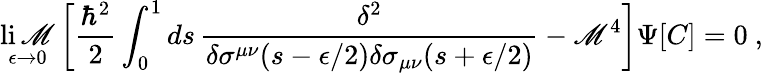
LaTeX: \operatorname*{li\mathscr{M}}_{\epsilon\rightarrow0}\left[{\frac{{\hbar^{2}}}{{2}}}\int_{0}^{1}ds\, {\frac{{\delta^{2}}}{{\delta\sigma^{\mu\nu}(s-\epsilon/2)\delta\sigma_{\mu\nu}(s+\epsilon/2)}}}-\mathscr{M}^{4}\right]\Psi[C]=0\ ,